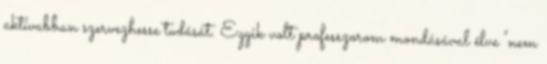
aktívabban szervezhesse tudását. Egyik volt professzorom mondásával élve "nem